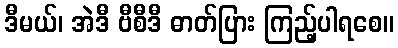
ဒီမယ်၊ အဲဒီ ဗီစီဒီ ဓာတ်ပြား ကြည့်ပါရစေ။